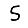
Digit: 5